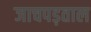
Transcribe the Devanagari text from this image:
जाचपड़ताल